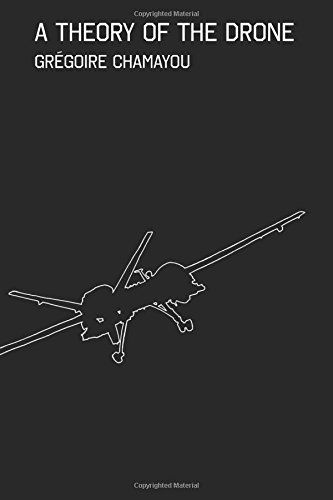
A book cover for A Theory of the Drone; GrÃ©goire Chamayou; History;